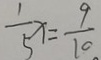
\frac { 1 } { 5 } x = \frac { 9 } { 1 0 }